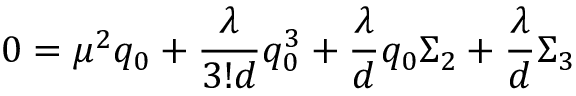
0 = \mu ^ { 2 } q _ { 0 } + { \frac { \lambda } { 3 ! d } } q _ { 0 } ^ { 3 } + { \frac { \lambda } { d } } q _ { 0 } \Sigma _ { 2 } + { \frac { \lambda } { d } } \Sigma _ { 3 }